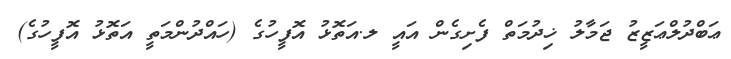
ޢަބްދުލްޢަޒީޒު ޖަމާލު ޚިދުމަތް ފެށިގެން އައީ ލ.އަތޮޅު އޮފީހުގެ (ހައްދުންމަތީ އަތޮޅު އޮފީހުގެ)